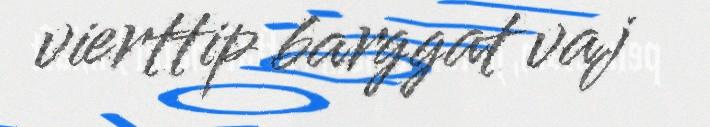
vierttip barggat vaj